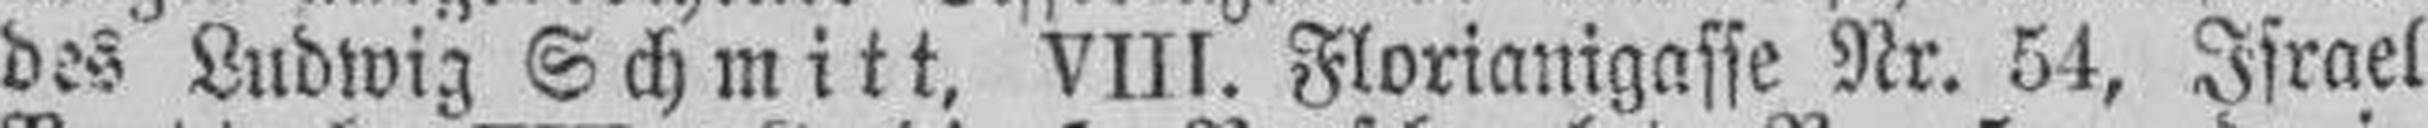
des Ludwig Schmitt, Vlll. Florianigasse Nr. 54, Israel